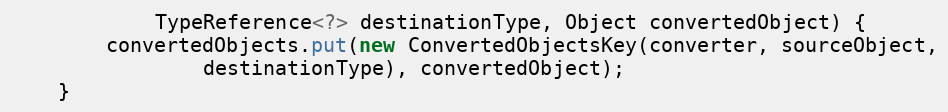
Language: Java
			TypeReference<?> destinationType, Object convertedObject) {
		convertedObjects.put(new ConvertedObjectsKey(converter, sourceObject,
				destinationType), convertedObject);
	}